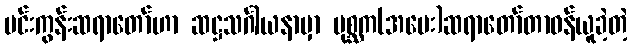
မင်းကွန်းဆရာတော်ဟာ ဆဋ္ဌသင်္ဂါယနာမှာ ပုစ္ဆက(အမေး)ဆရာတော်တာဝန်ယူခဲ့တဲ့